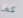
كما